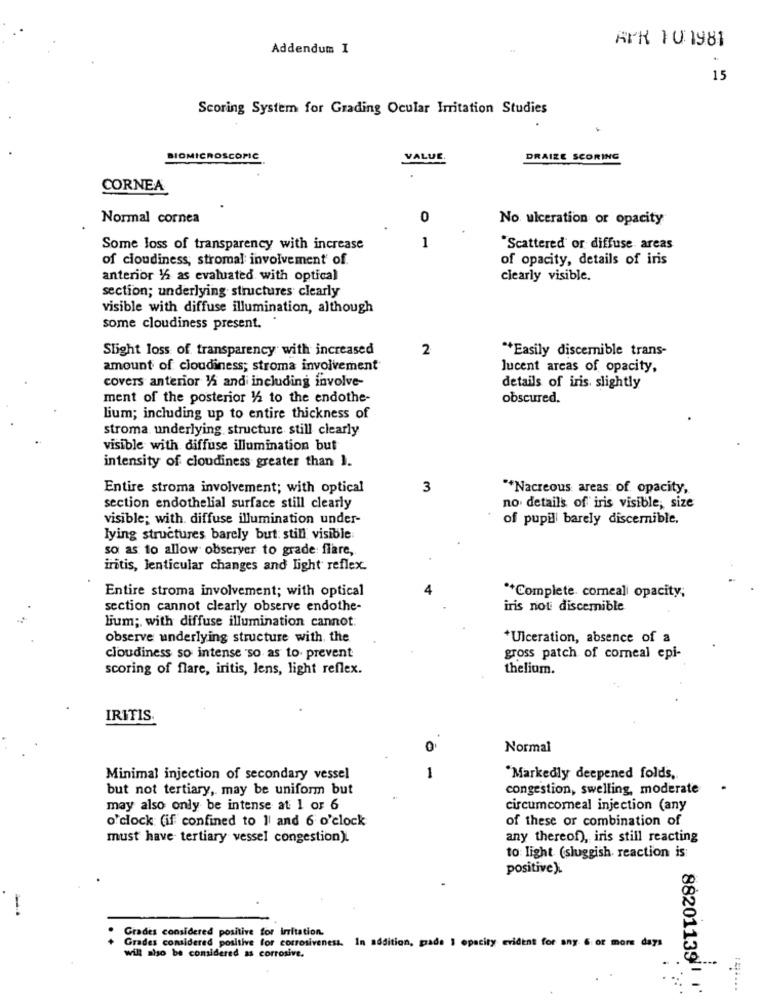
APR FU: 1981
Addendum I
15
Scoring System for Grading Ocular Irritation Studies
BIOMICROSCOPIC
VALUE
DRAIZE SCORING
CORNEA
Normal cornea
0
No ulceration or opacity
1
Some loss of transparency with increase
"Scattered' or diffuse areas
of cloudiness; stromal involvement of.
of opacity, details of iris
anterior 1/2 as evaluated with optical
clearly visible.
section; underlying structures clearly
visible with diffuse illumination, although
some cloudiness present.
Slight loss of transparency with increased
2
** Easily discemible trans-
amount of cloudiness; stroma involvement
lucent areas of opacity,
covers anterior 1/2 and including involve-
details of iris. slightly
ment of the posterior 1/2 to the endothe-
obscured.
lium; including up to entire thickness of
stroma underlying, structure still clearly
visible with diffuse illumination but
intensity of cloudiness greater than I.
Entire stroma involvement; with optical
3
"*Nacreous areas of opacity,
section endothelial surface still clearly
no details of iris visible, size
visible; with. diffuse illumination under-
of pupil barely discernible.
lying structures barely but: still visible
so as to allow observer to grade: flare,
iritis, lenticular changes and light reflex.
Entire stroma involvement; with optical
** Complete. comeali opacity;
section cannot clearly observe endothe-
iris not discemible
lium; with diffuse illumination cannot:
observe underlying structure with the
*Ulceration, absence of a
cloudiness so intense so as to prevent
gross patch of comeal epi-
scoring of flare, iritis, lens, light reflex.
theliam.
IRITIS
0
Normal
Minimal injection of secondary vessel
1
"Markedly deepened folds,
but not tertiary, may be uniform but
congestion, swelling, moderate
.
may also only be intense at 1 or 6
circumcomeal injection (any
o'clock (if confined to 1 and 6 o'clock
of these or combination of
must have tertiary vessel congestion).
any thereof), iris still reacting
to light (sluggish reaction is
positive ).
-
Grades considered positive for irritation.
Grades considered positive for corrosiveness. In addition, grade I opacity evident for any 6. or more days
will also be comidered as corrosive.
882011391 1